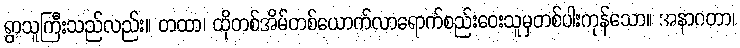
ရွာသူကြီးသည်လည်း။ တထာ၊ ထိုတစ်အိမ်တစ်ယောက်လာရောက်စည်းဝေးသူမှတစ်ပါးကုန်သော။ အနာဂတာ၊